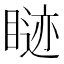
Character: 𬑢